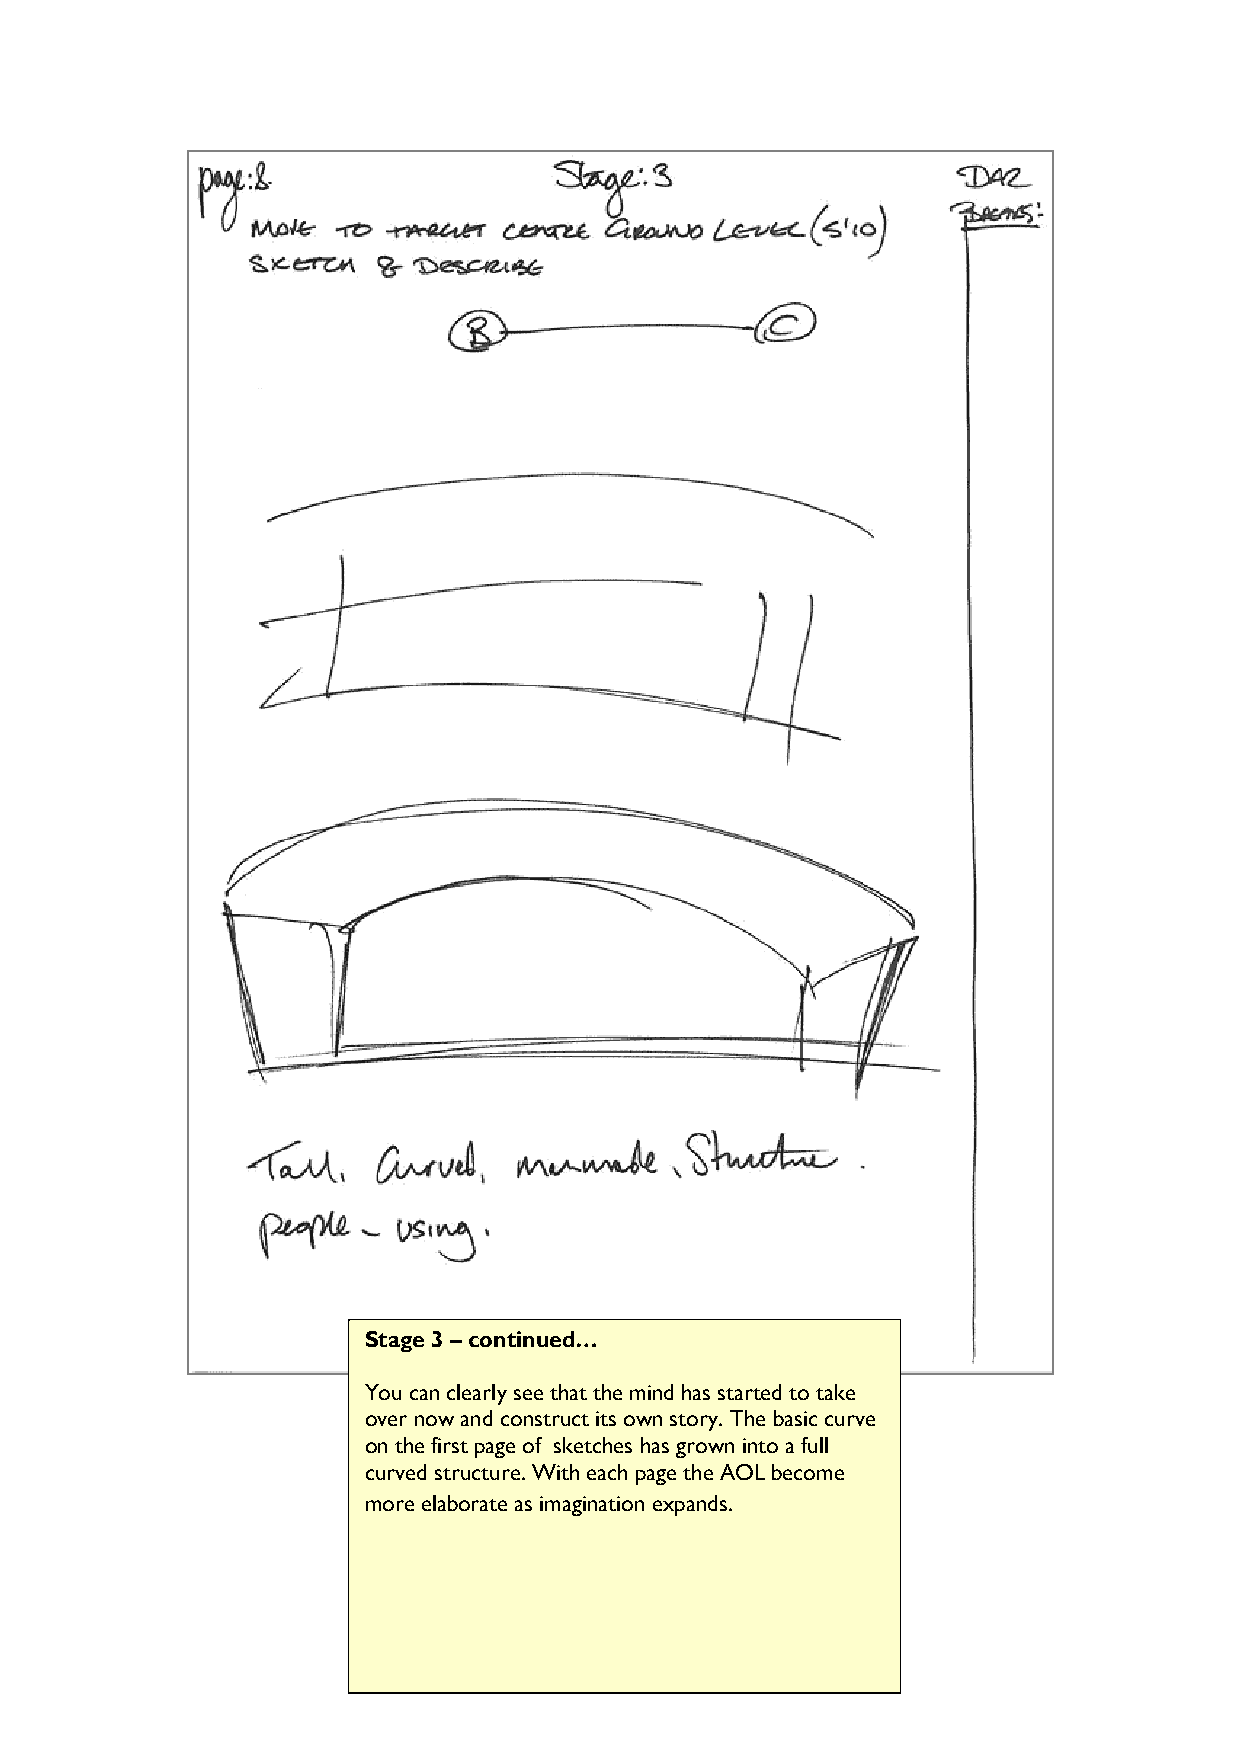
Stage 3 – continued…
 You can clearly see that the mind has started to take
 over now and construct its own story. The basic curve
 on the first page of sketches has grown into a full
 curved structure. With each page the AOL become
 more elaborate as imagination expands.